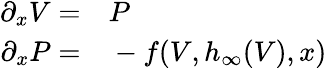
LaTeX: \begin{array}{rl}{\partial_{x}V=}&{{}P}\\ {\partial_{x}P=}&{{}-f(V,h_{\infty}(V),x)}\end{array}